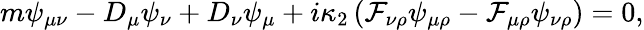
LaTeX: m\psi_{\mu\nu}-D_{\mu}\psi_{\nu}+D_{\nu}\psi_{\mu}+i\kappa_{2}\left(\mathcal{F}_{\nu\rho}\psi_{\mu\rho}-\mathcal{F}_{\mu\rho}\psi_{\nu\rho}\right)=0,